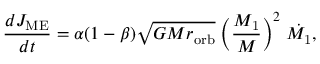
\frac { d J _ { \mathrm { M E } } } { d t } = \alpha ( 1 - \beta ) \sqrt { G M r _ { \mathrm { o r b } } } \; \bigg ( \frac { M _ { \mathrm { 1 } } } { M } \bigg ) ^ { 2 } \; \dot { M _ { \mathrm { 1 } } } ,